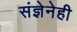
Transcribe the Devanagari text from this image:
संज्ञेनेही